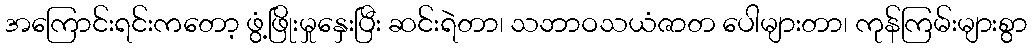
အကြောင်းရင်းကတော့ ဖွံ့ဖြိုးမှုနှေးပြီး ဆင်းရဲတာ၊ သဘာဝသယံဇာတ ပေါများတာ၊ ကုန်ကြမ်းများစွာ